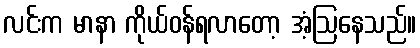
လင်းက မာနာ ကိုယ်ဝန်ရလာတော့ အံ့ဩနေသည်။